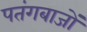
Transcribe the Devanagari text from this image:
पतंगबाजों